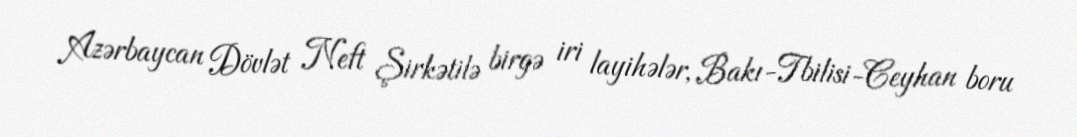
Azərbaycan Dövlət Neft Şirkətilə birgə iri layihələr, Bakı-Tbilisi-Ceyhan boru